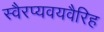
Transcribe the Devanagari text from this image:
स्वैरप्यवयवैरिह